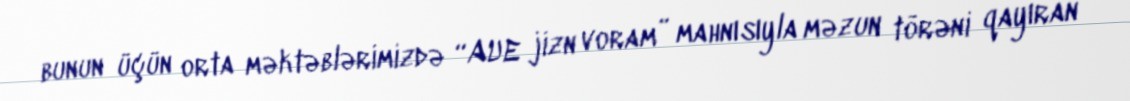
bunun üçün orta məktəblərimizdə “AUE jizn voram” mahnısıyla məzun törəni qayıran